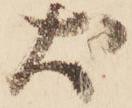
犬